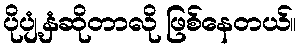
ပိုပျံ့နှံဆိုတာလို ဖြစ်နေတယ်။